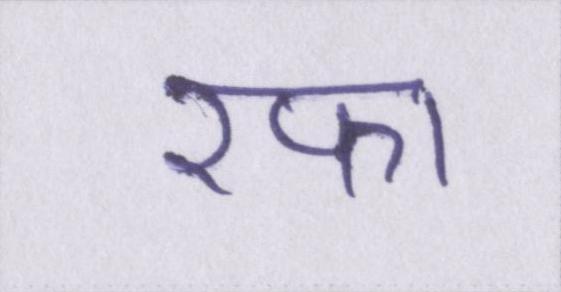
रफा